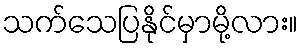
သက်သေပြနိုင်မှာမို့လား။